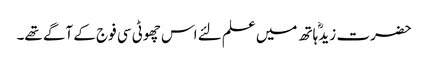
حضرت زیدؓ ہاتھ میں علم لئے اس چھوٹی سی فوج کے آگے تھے۔